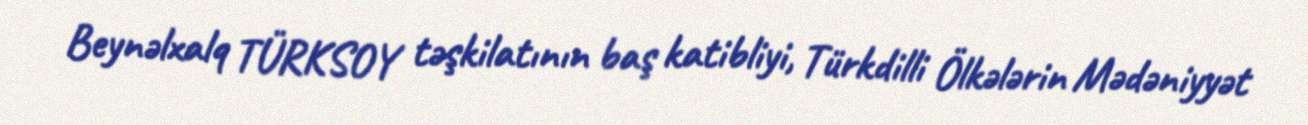
Beynəlxalq TÜRKSOY təşkilatının baş katibliyi, Türkdilli Ölkələrin Mədəniyyət